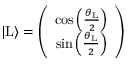
\begin{array} { r } { | \mathrm { L } \rangle = \left( \begin{array} { c c } { \cos \left( \frac { \theta _ { \mathrm { L } } } { 2 } \right) } \\ { \sin \left( \frac { \theta _ { \mathrm { L } } } { 2 } \right) } \end{array} \right) } \end{array}